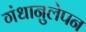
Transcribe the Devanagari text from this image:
गंधानुलेपन